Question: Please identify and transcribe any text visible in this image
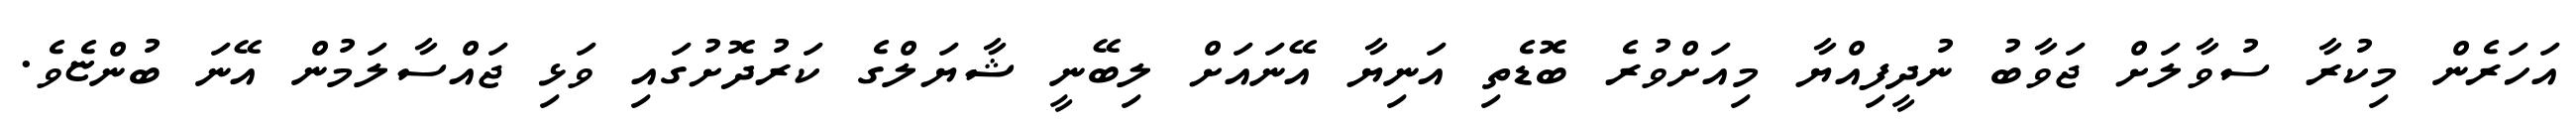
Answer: އަހަރެން މިކުރާ ސުވާލަށް ޖަވާބު ނުދީފިއްޔާ މިއަށްވުރެ ބޮޑެތި އަނިޔާ އޭނައަށް ލިބޭނީ ޝާޔަލްގެ ކަރުދޮށުގައި ވަޅި ޖައްސާލަމުން އޭނަ ބުންޏެވެ.